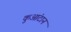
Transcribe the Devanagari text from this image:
कुआंटान